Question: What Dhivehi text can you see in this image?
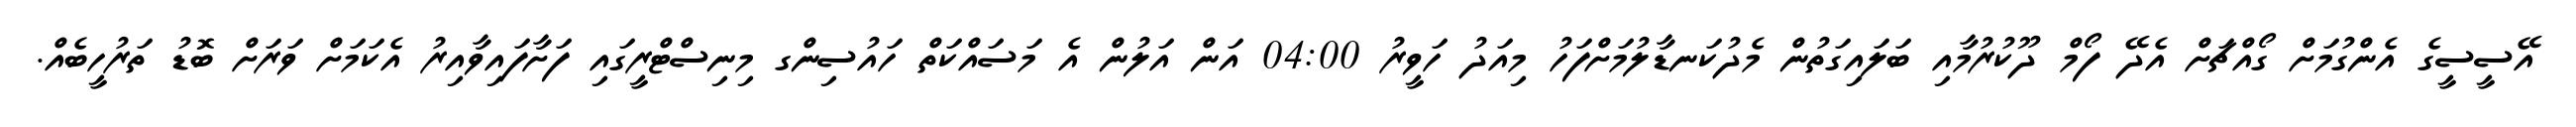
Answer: އޭސީސީގެ އެންގުމަށް ގޯއްޗަށް އެދޭ ފޯމް ދޫކުރުމާއި ބަލައިގަތުން މެދުކަނޑާލުމަށްފަހު މިއަދު ހަވީރު 04:00 އަން އަލުން އެ މަސައްކަތް ހައުސިންގ މިނިސްޓްރީގައި ފަށާފައިވާއިރު އެކަމަށް ވަރަށް ބޮޑު ތަރުހީބެއް.